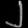
Digit: ၂